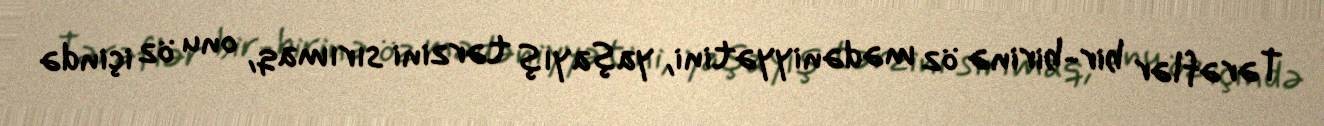
Tərəflər bir-birinə öz mədəniyyətini, yaşayış tərzini sırımaq, onu öz içində